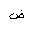
Letter: _dad